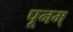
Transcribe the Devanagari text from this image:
पूनम्